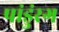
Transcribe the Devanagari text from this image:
पांडुंरग